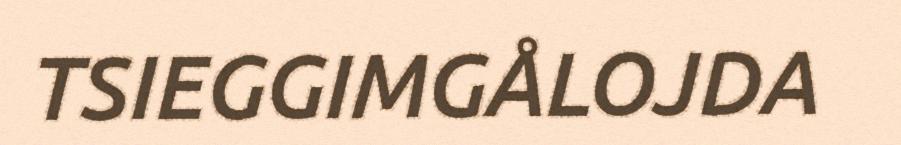
TSIEGGIMGÅLOJDA